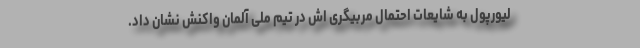
لیورپول به شایعات احتمال مربیگری اش در تیم ملی آلمان واکنش نشان داد.